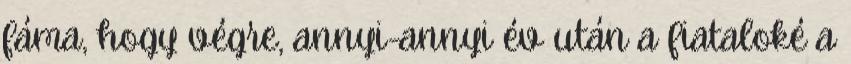
fáma, hogy végre, annyi-annyi év után a fiataloké a